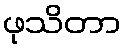
ဖုသိတာ